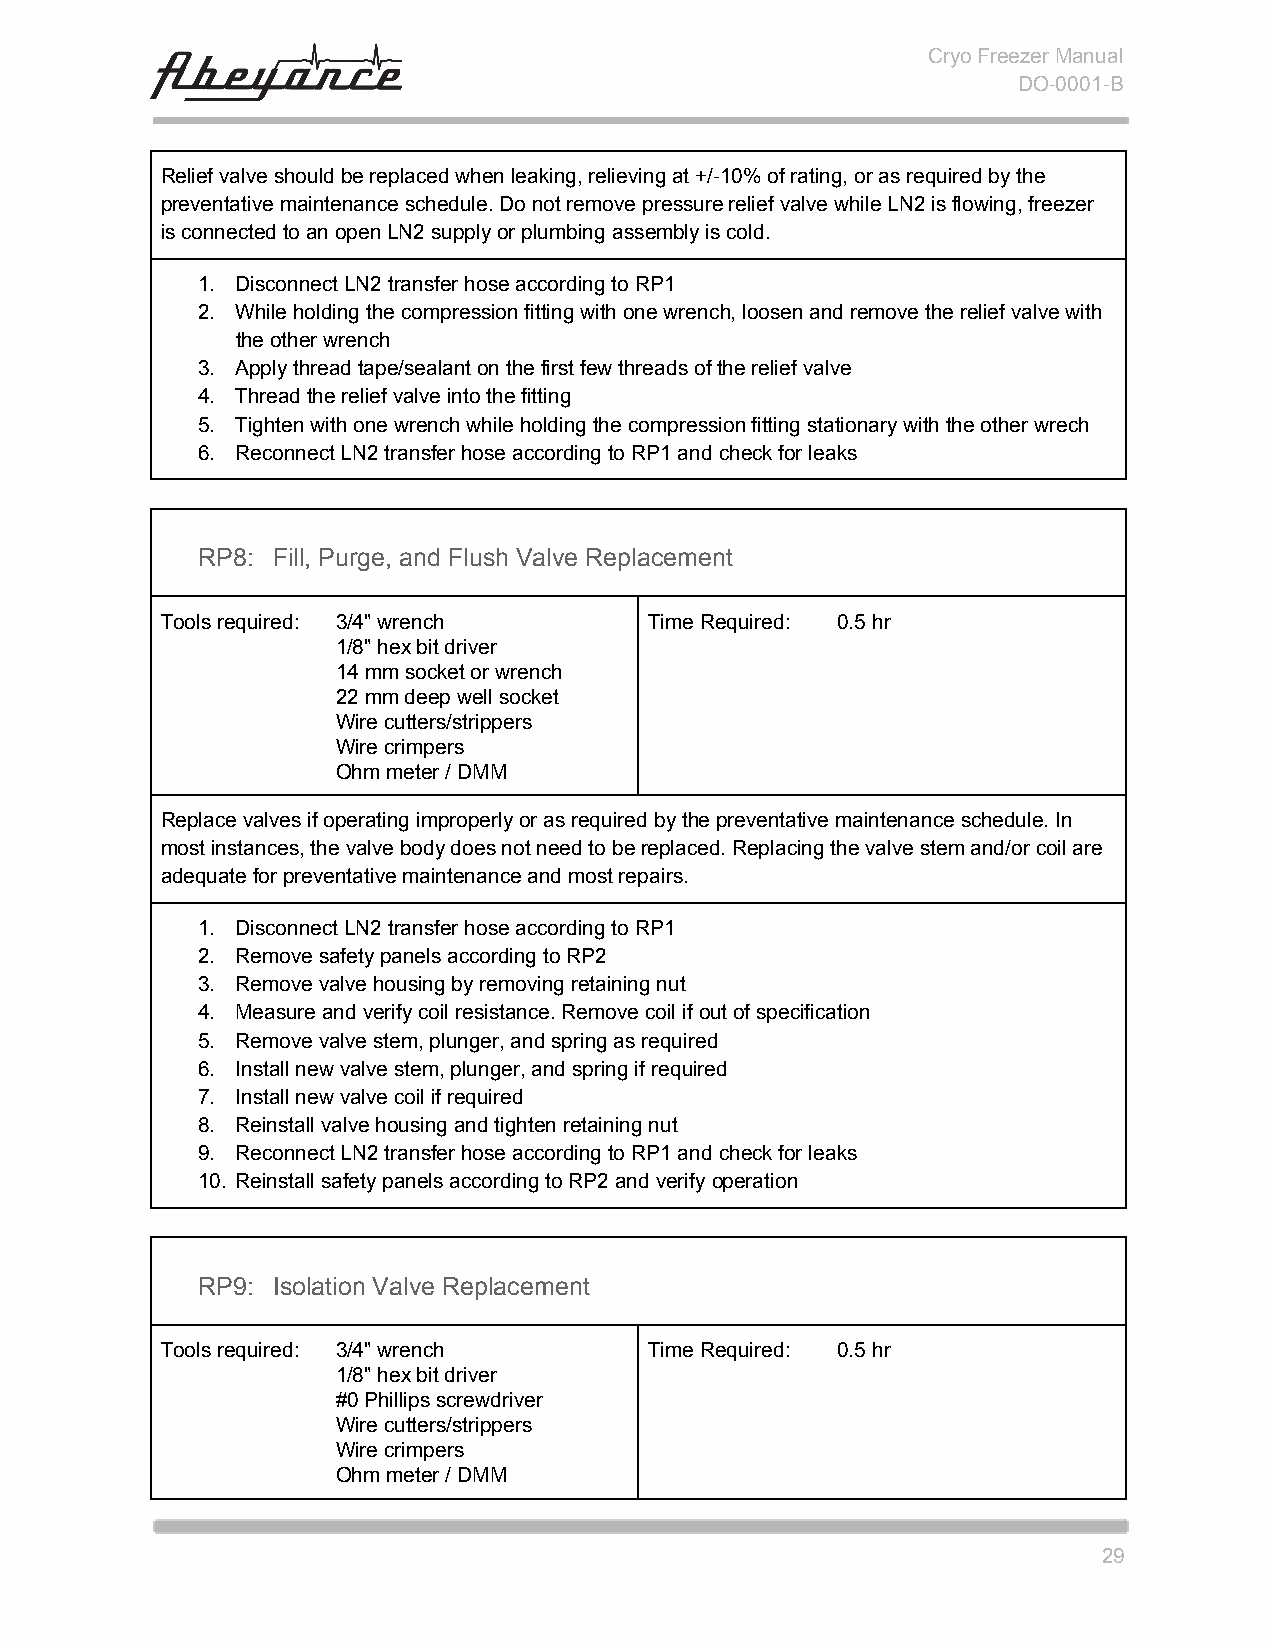
Cryo Freezer Manual
 DO-0001-B
 Relief valve should be replaced when leaking, relieving at +/-10% of rating, or as required by the
 preventative maintenance schedule. Do not remove pressure relief valve while LN2 is flowing, freezer
 is connected to an open LN2 supply or plumbing assembly is cold.
 1. Disconnect LN2 transfer hose according to RP1
 2. While holding the compression fitting with one wrench, loosen and remove the relief valve with
 the other wrench
 3. Apply thread tape/sealant on the first few threads of the relief valve
 4. Thread the relief valve into the fitting
 5. Tighten with one wrench while holding the compression fitting stationary with the other wrech
 6. Reconnect LN2 transfer hose according to RP1 and check for leaks
 RP8: Fill, Purge, and Flush Valve Replacement
 Tools required: 3/4" wrench     Time Required: 0.5 hr
 1/8" hex bit driver
 14 mm socket or wrench
 22 mm deep well socket
 Wire cutters/strippers
 Wire crimpers
 Ohm meter / DMM
 Replace valves if operating improperly or as required by the preventative maintenance schedule. In
 most instances, the valve body does not need to be replaced. Replacing the valve stem and/or coil are
 adequate for preventative maintenance and most repairs.
 1. Disconnect LN2 transfer hose according to RP1
 2. Remove safety panels according to RP2
 3. Remove valve housing by removing retaining nut
 4. Measure and verify coil resistance. Remove coil if out of specification
 5. Remove valve stem, plunger, and spring as required
 6. Install new valve stem, plunger, and spring if required
 7. Install new valve coil if required
 8. Reinstall valve housing and tighten retaining nut
 9. Reconnect LN2 transfer hose according to RP1 and check for leaks
 10. Reinstall safety panels according to RP2 and verify operation
 RP9: Isolation Valve Replacement
 Tools required: 3/4" wrench     Time Required: 0.5 hr
 1/8" hex bit driver
 #0 Phillips screwdriver
 Wire cutters/strippers
 Wire crimpers
 Ohm meter / DMM
 29